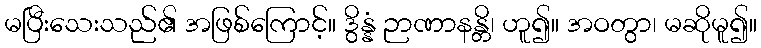
မပြီးသေးသည်၏ အဖြစ်ကြောင့်။ ဒွိန္နံ ဉာဏာနန္တိ၊ ဟူ၍။ အဝတွာ၊ မဆိုမူ၍။